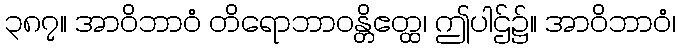
၃၈၇။ အာဝိဘာဝံ တိရောဘာဝန္တိဧတ္ထ၊ ဤပါဌ်၌။ အာဝိဘာဝံ၊